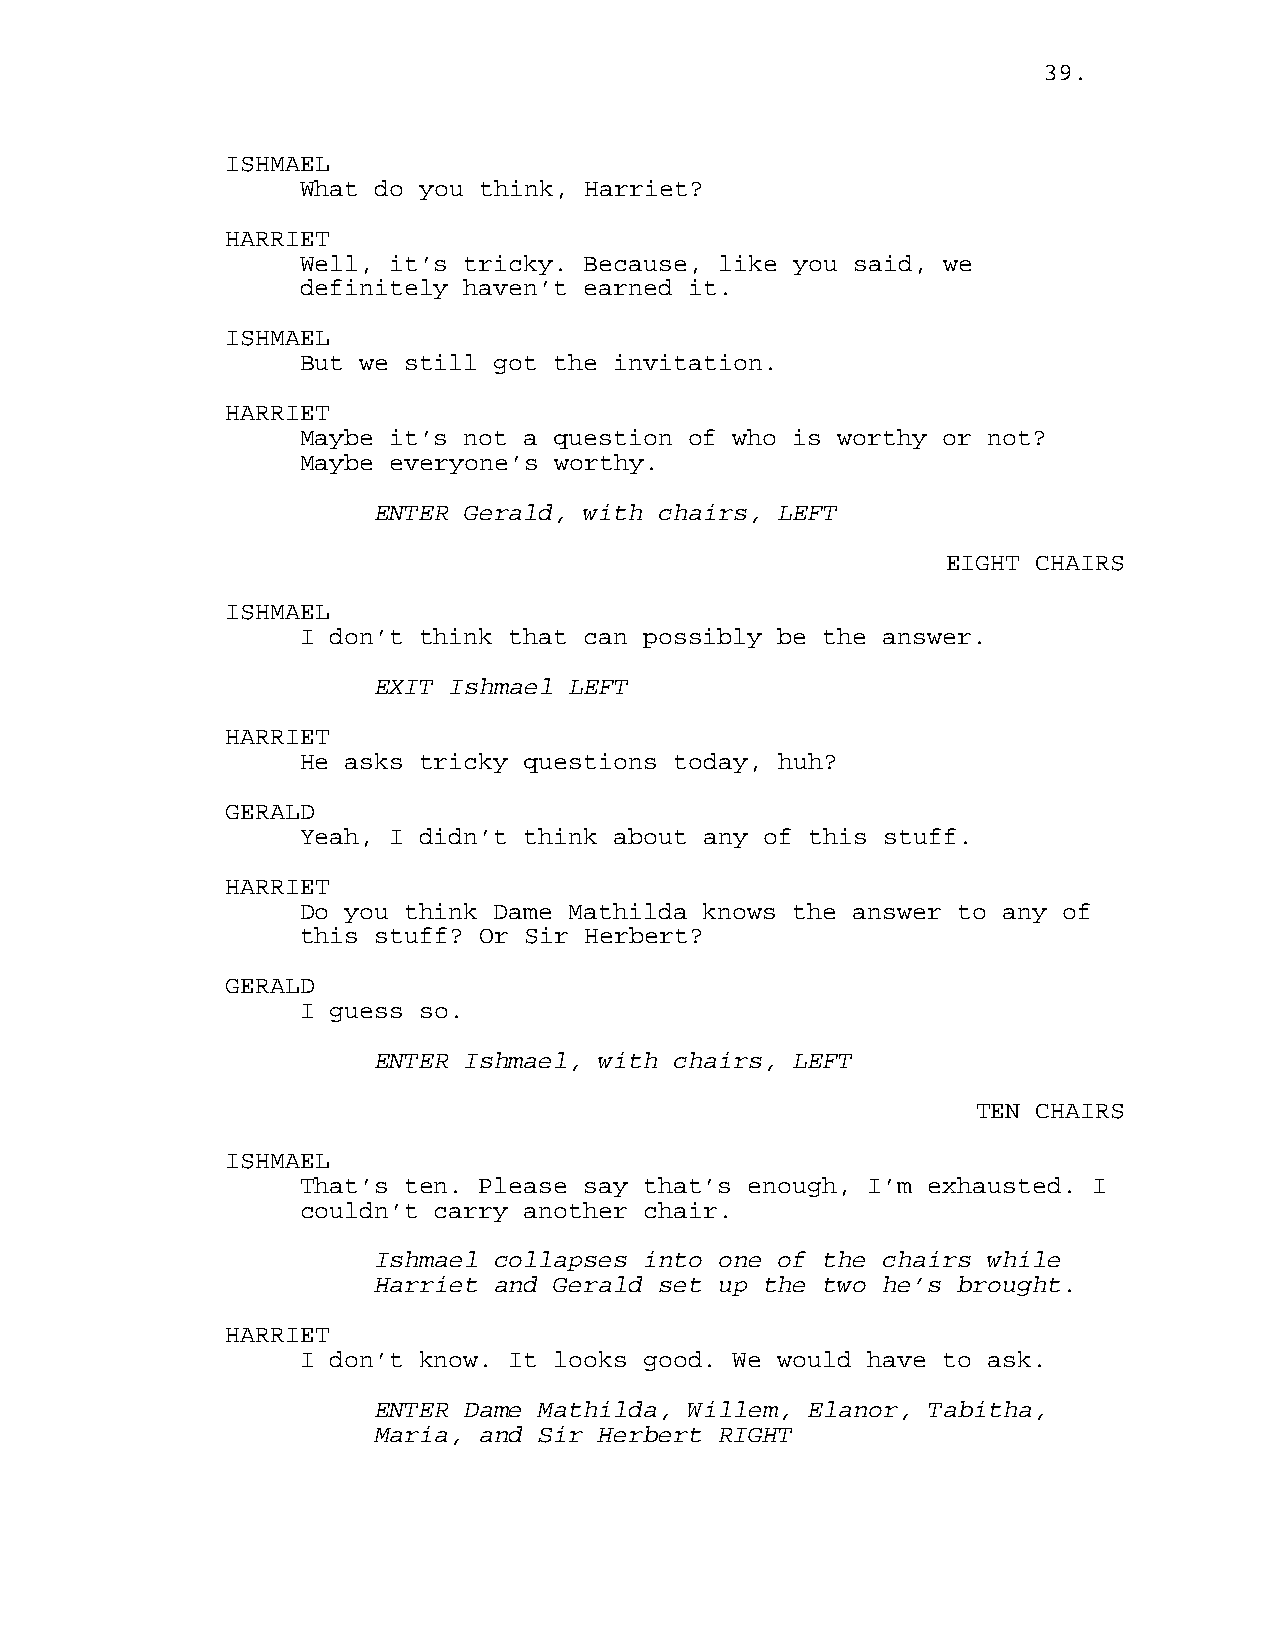
39.
 ISHMAEL
 What do you think, Harriet?
 HARRIET
 Well, it’s tricky. Because, like you said, we
 definitely haven’t earned it.
 ISHMAEL
 But we still got the invitation.
 HARRIET
 Maybe it’s not a question of who is worthy or not?
 Maybe everyone’s worthy.
 ENTER Gerald, with chairs, LEFT
 EIGHT CHAIRS
 ISHMAEL
 I don’t think that can possibly be the answer.
 EXIT Ishmael LEFT
 HARRIET
 He asks tricky questions today, huh?
 GERALD
 Yeah, I didn’t think about any of this stuff.
 HARRIET
 Do you think Dame Mathilda knows the answer to any of
 this stuff? Or Sir Herbert?
 GERALD
 I guess so.
 ENTER Ishmael, with chairs, LEFT
 TEN CHAIRS
 ISHMAEL
 That’s ten. Please say that’s enough, I’m exhausted. I
 couldn’t carry another chair.
 Ishmael collapses into one of the chairs while
 Harriet and Gerald set up the two he’s brought.
 HARRIET
 I don’t know. It looks good. We would have to ask.
 ENTER Dame Mathilda, Willem, Elanor, Tabitha,
 Maria, and Sir Herbert RIGHT